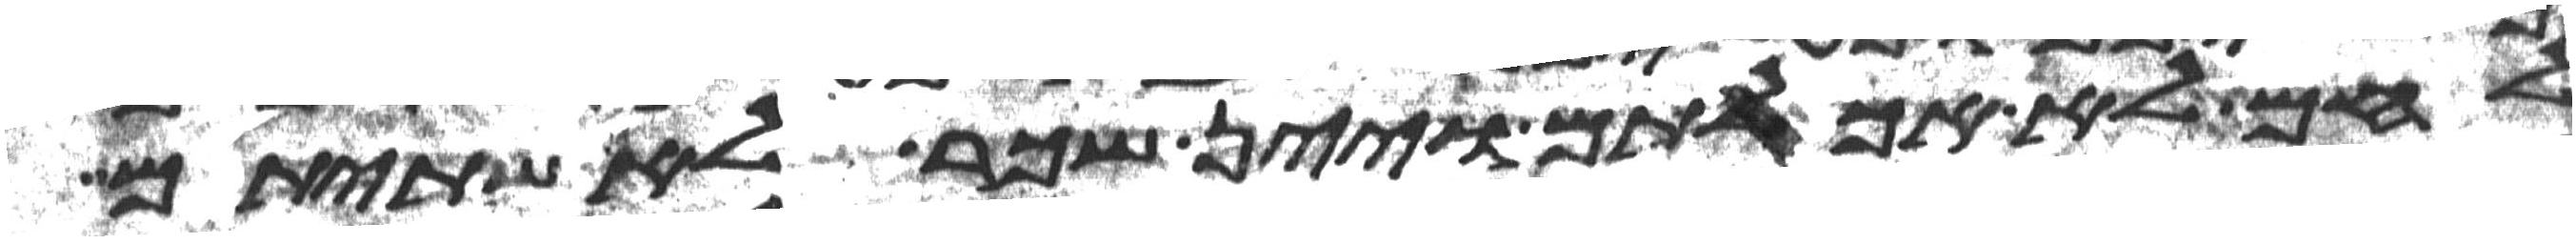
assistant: לחם לא אכלתם ויין ושכר לא שתיתם